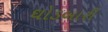
ઘોડબારી